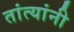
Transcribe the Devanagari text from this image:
तांत्यांनी